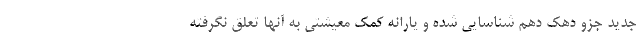
جدید جزو دهک دهم شناسایی شده و یارانه کمک معیشتی به آنها تعلق نگرفته